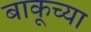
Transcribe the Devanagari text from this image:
बाकूच्या